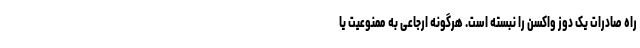
راه صادرات یک دوز واکسن را نبسته است. هرگونه ارجاعی به ممنوعیت یا